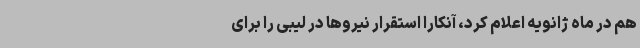
هم در ماه ژانویه اعلام کرد، آنکارا استقرار نیروها در لیبی را برای